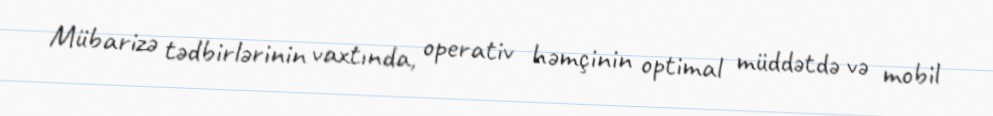
Mübarizə tədbirlərinin vaxtında, operativ həmçinin optimal müddətdə və mobil